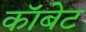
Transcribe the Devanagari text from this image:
कॉबेट